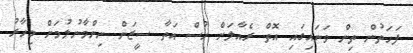
ފަހަތުން ތިން ވަނައިގައި އޮތް ރެއާލަށް ހުސް އަތާ ސީޒަން ނިންމާނުލުމަށް މިހާރު